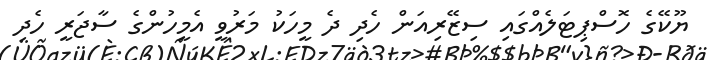
ޔޫކޭގެ ހޮސްޕިޓަލެއްގައި ސިޒޭރިއަން ހެދި ދެ މީހަކު މަރުވީ އެމީހުންގެ ސާޖަރީ ހެދި